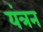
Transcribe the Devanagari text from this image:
यंत्रन